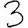
Digit: 3